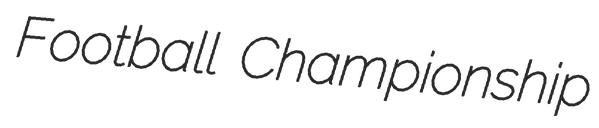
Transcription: Football Championship